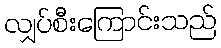
လျှပ်စီးကြောင်းသည်